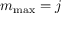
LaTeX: m _ { \mathrm { m a x } } = j